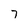
Character: 7